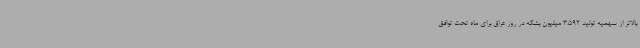
بالاتر از سهمیه تولید 3.592 میلیون بشکه در روز عراق برای ماه تحت توافق